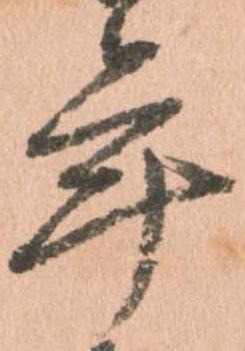
年